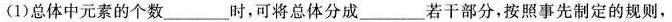
(1) 总体中元素的个数___时，可将总体分成___若干部分，按照事先制定的规则，